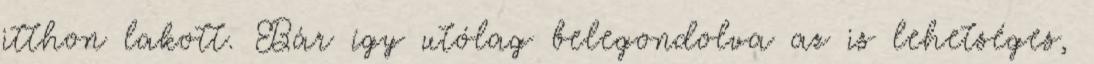
itthon lakott. Bár így utólag belegondolva az is lehetséges,